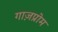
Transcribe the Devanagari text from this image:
गाज़प्रोम